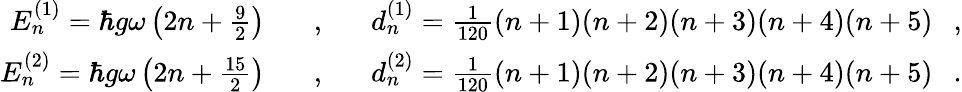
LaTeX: \begin{array}{rcl}{{E_{n}^{(1)}=\hbar g\omega\left(2n+\frac{9}{2}\right)\ \ \ }}&{{,}}&{{\ \ \ d_{n}^{(1)}=\frac{1}{120}(n+1)(n+2)(n+3)(n+4)(n+5)\ \ \ ,}}\\ {{E_{n}^{(2)}=\hbar g\omega\left(2n+\frac{15}{2}\right)\ \ \ }}&{{,}}&{{\ \ \ d_{n}^{(2)}=\frac{1}{120}(n+1)(n+2)(n+3)(n+4)(n+5)\ \ \ .}}\end{array}